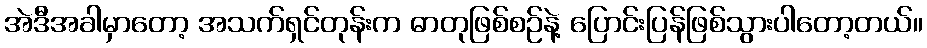
အဲဒီအခါမှာတော့ အသက်ရှင်တုန်းက ဓာတုဖြစ်စဉ်နဲ့ ပြောင်းပြန်ဖြစ်သွားပါတော့တယ်။